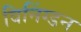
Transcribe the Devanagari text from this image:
विनिंग्डन